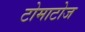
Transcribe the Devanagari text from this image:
टोमाटोज